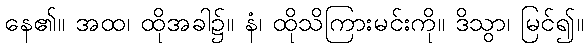
နေ၏။ အထ၊ ထိုအခါ၌။ နံ၊ ထိုသိကြားမင်းကို။ ဒိသွာ၊ မြင်၍။